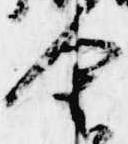
舎